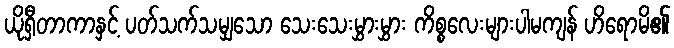
ယိုရှီတာကာနှင့် ပတ်သက်သမျှသော သေးသေးမွှားမွှား ကိစ္စလေးများပါမကျန် ဟိရောမိ၏